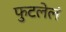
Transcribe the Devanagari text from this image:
फुटलेलं